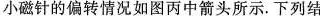
小磁针的偏转情况如图丙中箭头所示。下列结